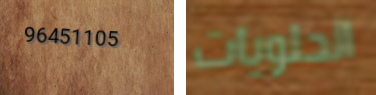
96451105 الحلويات